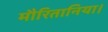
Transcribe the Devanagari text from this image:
मौरितानिया।